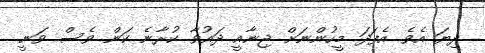
ދިޔަ އެވެ. އެފަދަ މީހުންނަށް ޖިނާއީ ދައުވާ ކުރާނެ ކަން ވެސް ވަނީ